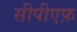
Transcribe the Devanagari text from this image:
सीपीएफ़